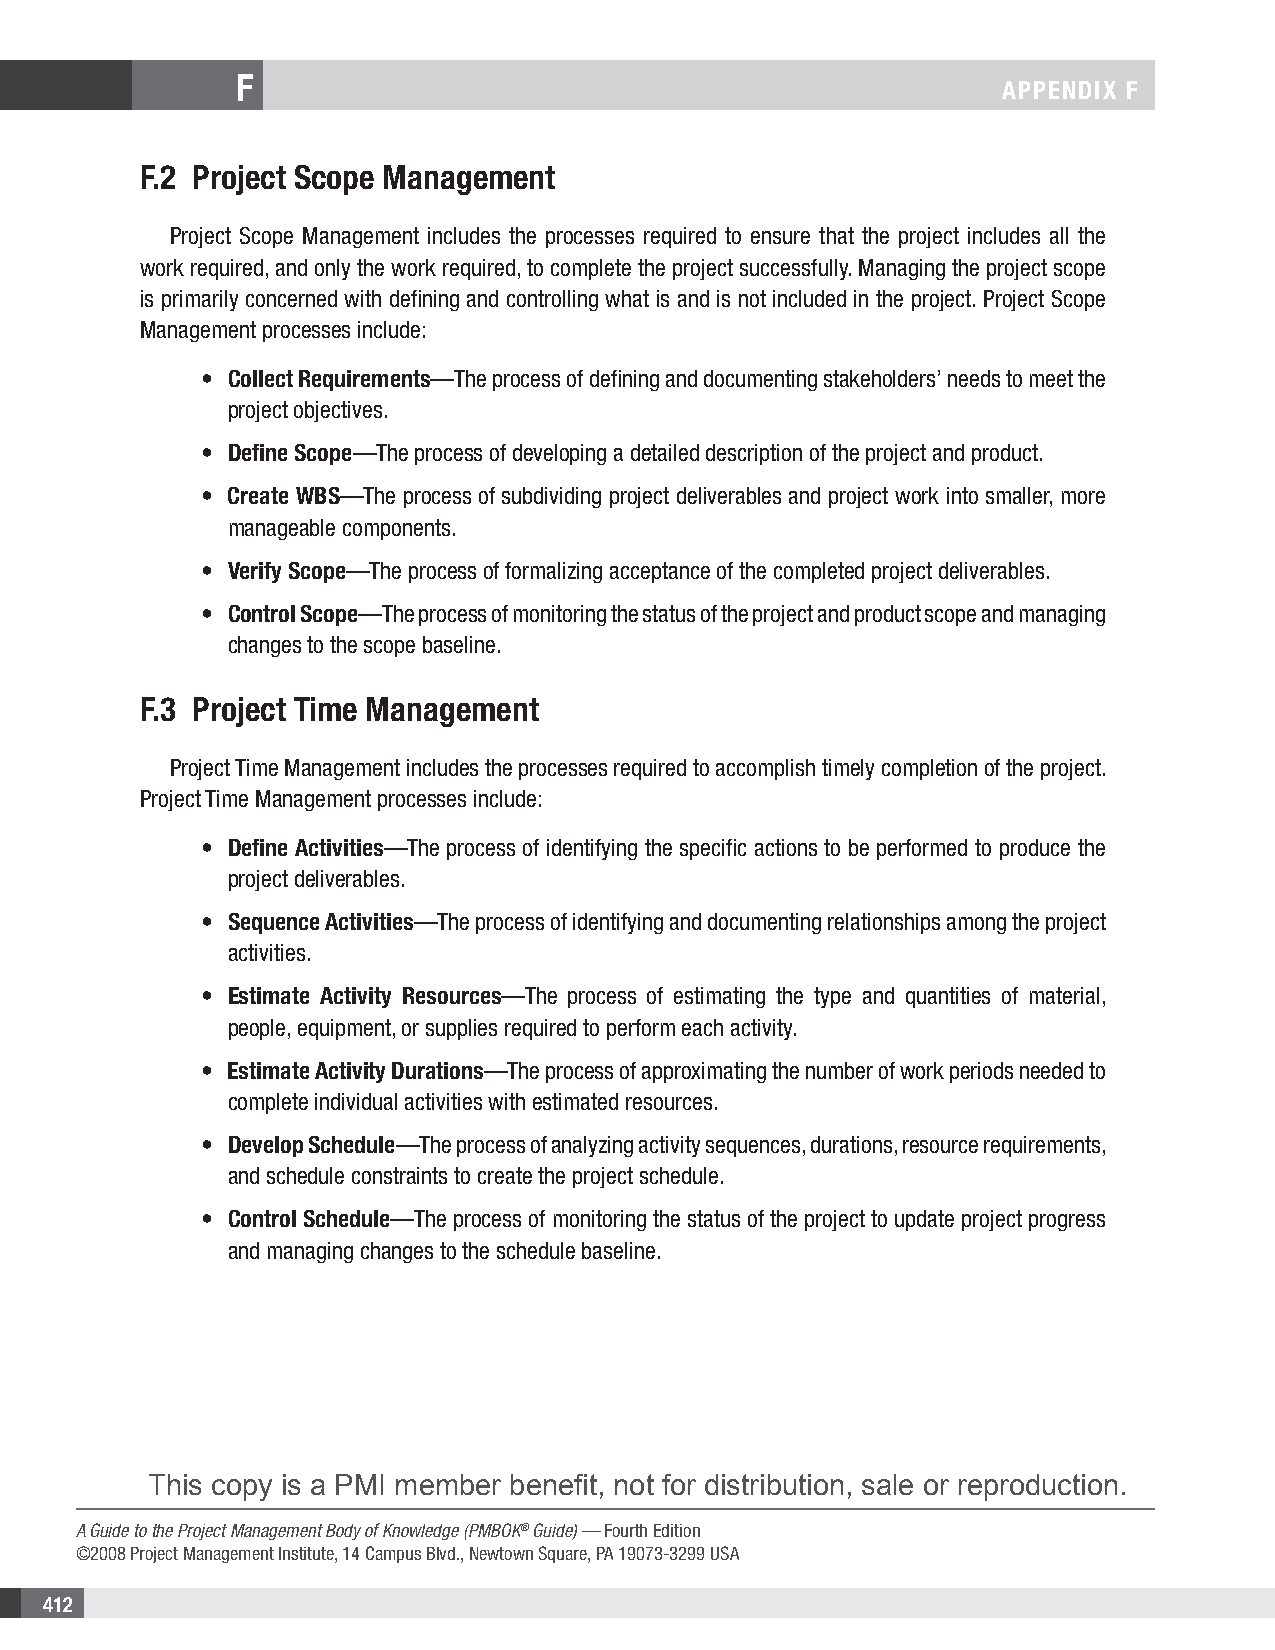
F
 APPENDIX F
 F.2 Project Scope Management
 Project Scope Management includes the processes required to ensure that the project includes all the
 work required, and only the work required, to complete the project successfully. Managing the project scope
 is primarily concerned with defining and controlling what is and is not included in the project. Project Scope
 Management processes include:
 • Collect Requirements—The process of defining and documenting stakeholders’ needs to meet the
 project objectives.
 • Define Scope—The process of developing a detailed description of the project and product.
 • Create WBS—The process of subdividing project deliverables and project work into smaller, more
 manageable components.
 • Verify Scope—The process of formalizing acceptance of the completed project deliverables.
 • Control Scope—The process of monitoring the status of the project and product scope and managing
 changes to the scope baseline.
 F.3 Project Time Management
 Project Time Management includes the processes required to accomplish timely completion of the project.
 Project Time Management processes include:
 • Define Activities—The process of identifying the specific actions to be performed to produce the
 project deliverables.
 • Sequence Activities—The process of identifying and documenting relationships among the project
 activities.
 • Estimate Activity Resources—The process of estimating the type and quantities of material,
 people, equipment, or supplies required to perform each activity.
 • Estimate Activity Durations—The process of approximating the number of work periods needed to
 complete individual activities with estimated resources.
 • Develop Schedule—The process of analyzing activity sequences, durations, resource requirements,
 and schedule constraints to create the project schedule.
 • Control Schedule—The process of monitoring the status of the project to update project progress
 and managing changes to the schedule baseline.
 This copy is a PMI member benefit, not for distribution, sale or reproduction.
 A Guide to the Project Management Body of Knowledge (PMBOK® Guide) — Fourth Edition
 ©2008 Project Management Institute, 14 Campus Blvd., Newtown Square, PA 19073-3299 USA
 412